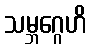
သမ္ဘဂ္ဂေဟိ